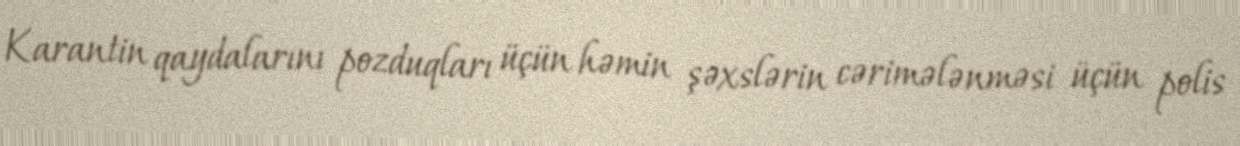
Karantin qaydalarını pozduqları üçün həmin şəxslərin cərimələnməsi üçün polis